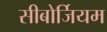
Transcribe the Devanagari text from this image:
सीबोर्जियम